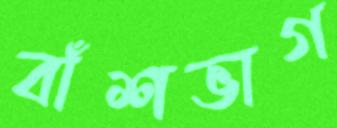
বাঁশভাগ